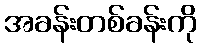
အခန်းတစ်ခန်းကို